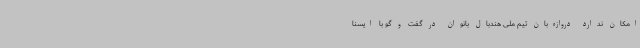
امکان ندارد دروازه‌بان تیم ملی هندبال بانوان در گفت و گو با ایسنا